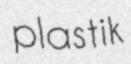
plastik